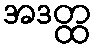
အဒတ္ထ